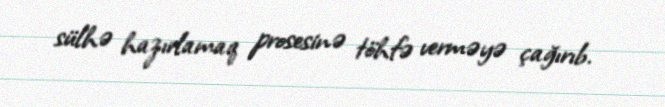
sülhə hazırlamaq prosesinə töhfə verməyə çağırıb.